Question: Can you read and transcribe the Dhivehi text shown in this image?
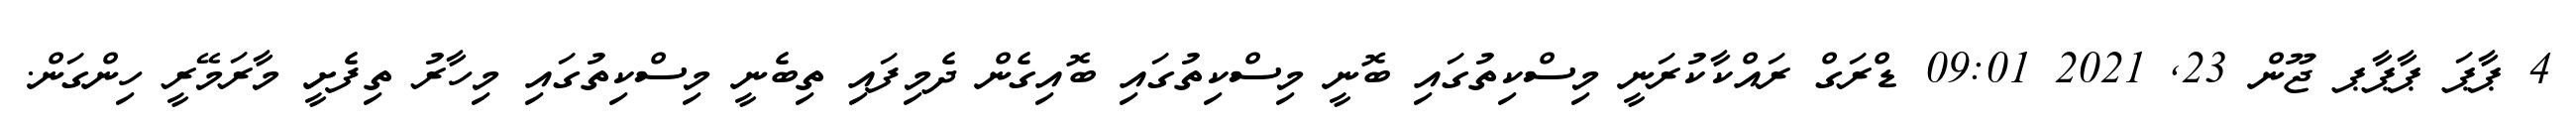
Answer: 4 ޕާޕަ ޕާޕާޕ ޖޫން 23, 2021 09:01 ޑްރަގް ރައްކާކުރަނީ މިސްކިތުގައި ބޮނީ މިސްކިތުގައި ބޮއިގެން ދެމިފައި ތިބެނީ މިސްކިތުގައި މިހާރު ތިފެށީ މާރަމޭރީ ހިންގަން.